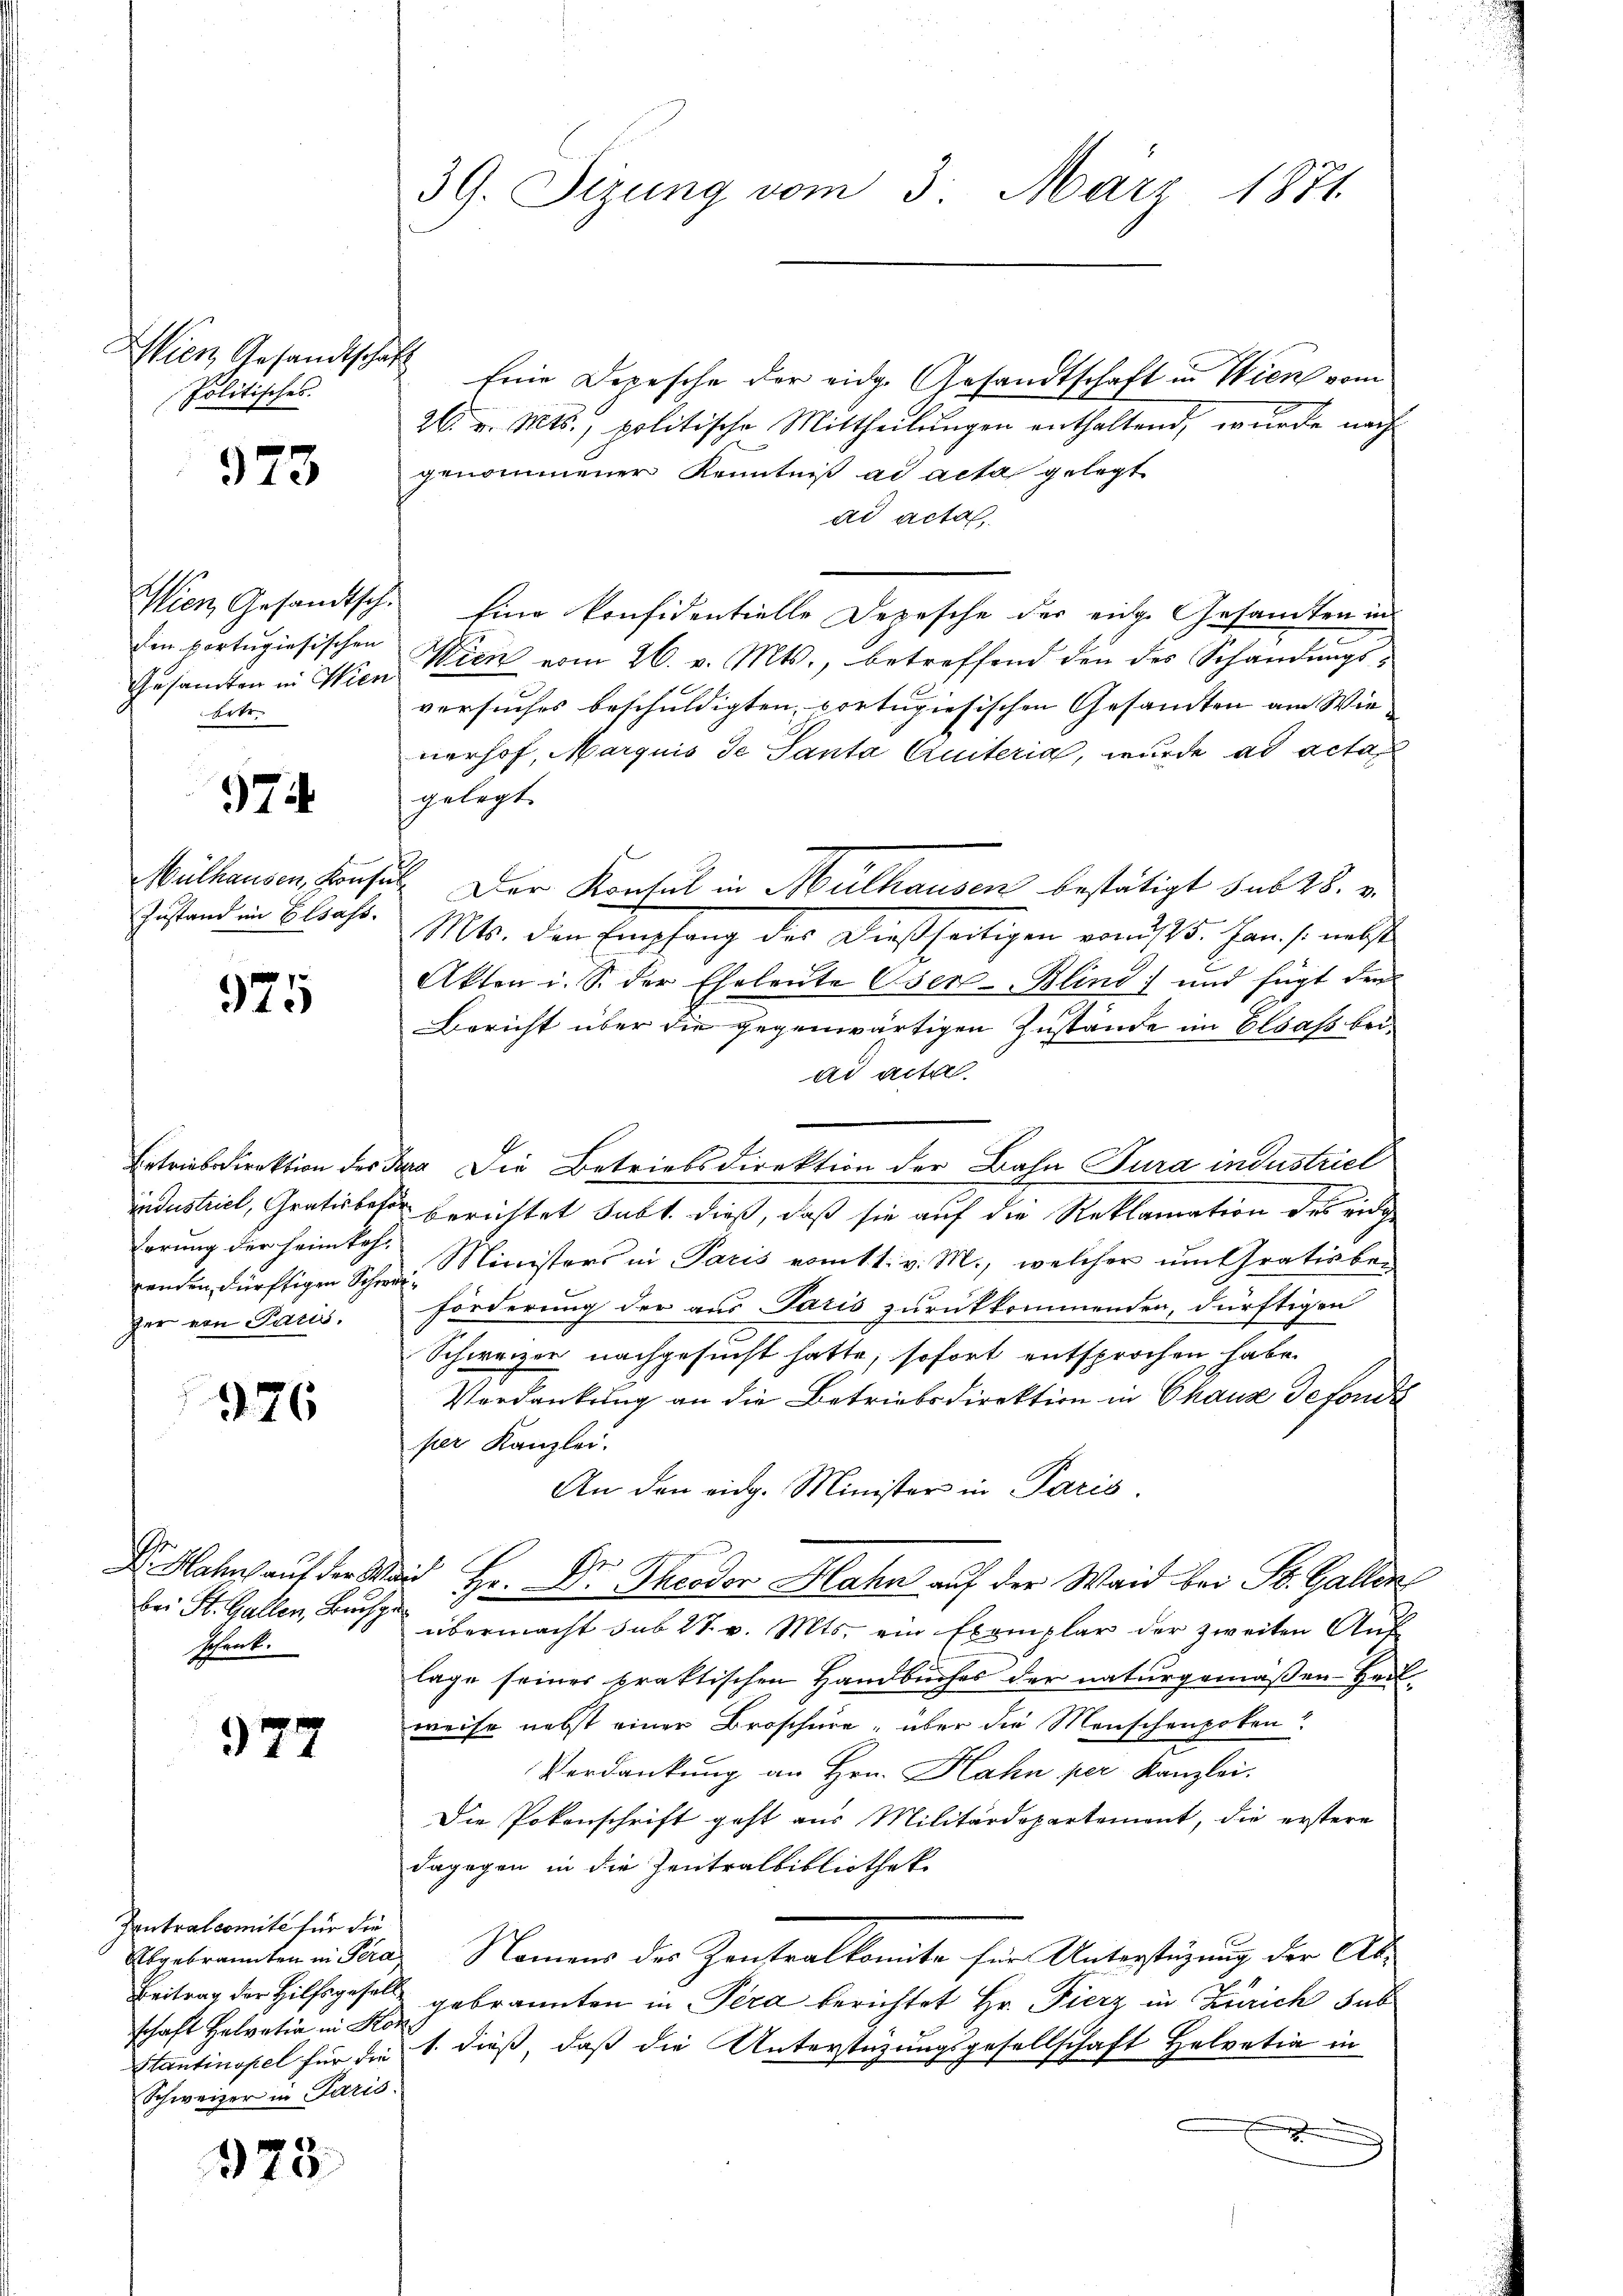
Wien Gesandtschaf
Politisches.

973

Wien Gesandtsch.
den bortugiesischen
Gesamten in Wien
Ertr.

974

Mülhausen, Konfe
Instand im Elsass.

325

Betriebsdirektion des
industriel, Grativbe
ferung der Heimkeh
renden, dürftigen Schr.
fer von Paris.

976

e
Dr. Hahn auf der S.
bei St. Gallen, Buch
schenk.

977

Pontralcomité für die
schaft Helvetia in Kor
Schweizer in Paris

378.

39. Sizung vom 3. März 1871.

h
Eine Depesche der eidg. Gesandtschaft in Wien vom
26. v. Mts., politische Mittheilungen enthaltend, wurde nachgenommener Kenntniß ad acta gelegt
ad acta,
Eine konfidentielle Depesche der eine Gesamten in
Wien vom 26. v. Mts., betreffend den des Schandungsversuches beschuldigten, portugisischen Gesandten am Wienerhof, Marquis de Santa Quiteria, wurde ad acta
gelegt.
 Der Konsul in Mülhausen bestätigt sub 28. v.
Mt. den Empfang des Dießseitigen von 15. Jan. s. meiste
Akten i. S. der Eheleute Oser-Blind; und fügt den
.
Bericht über die gegenwärtigen Zustande im Elsass beiad acte.
kan die Betriebsdirektion der Bahn Tura industriel
 berichtet habt dieß, daß sie auf die Reklamation des ei
 Ministers in Paris vom 11. v. M., welcher um Grativben
förderung der aus Paris zurückkommenden, dürftigen
Schweizer nachgesucht hatte, sofort entsprochen habe.
Verdankung an die Betriebsdirektion in Chaux defonde
per Kanzlei.
An den eidg. Minister in Paris
dd Hr. Dr. Theodor Hahn auf der Waid bei St. Gallen
übermacht sub 27. v. Mts. ein Exemplar der zweiten Auf-
lage seines praktischen Handbuches der naturgemäßen Heilweise nebst einer Broschüre, über die Menschenpoken?
Verdankung an Hrn. Hahn per Kanzlei.
Die Pokenschrift geht aus Militärdepartement, die erstere
dagegen in die Zentralbibliothek
Abgebrannten in Pera, Namens des Zentralkomite für Unterstüzung der Ab¬
Beitrag der Hilfsgesell gebrannten in Pera berichtet Hr. Fierz in Zürich sub
Stantinopel für die 1. dieß, daß die Unterstüzungsgesellschaft Helvetia in
.